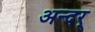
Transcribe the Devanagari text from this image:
अन्दर्